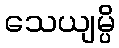
သေယျမ္ပိ